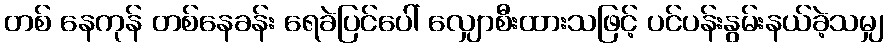
တစ် နေကုန် တစ်နေခန်း ရေခဲပြင်ပေါ် လျှောစီးထားသဖြင့် ပင်ပန်းနွမ်းနယ်ခဲ့သမျှ